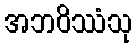
အဘဝိဿံသု